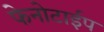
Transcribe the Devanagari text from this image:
फेनोटाईप